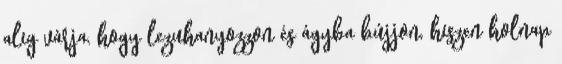
alig várja, hogy lezuhanyozzon és ágyba bújjon, hiszen holnap